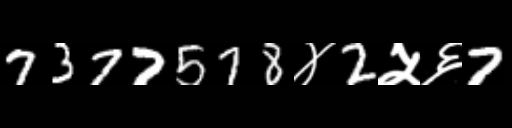
Text: 7377578४2५६7